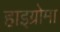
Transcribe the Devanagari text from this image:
हाइग्रोमा